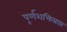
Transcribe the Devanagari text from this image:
पूर्णशक्तिप्राप्त